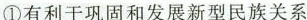
①有利于巩固和发展新型民族关系